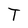
Character: T